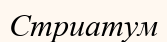
Стриатум